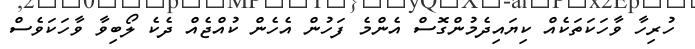
ހުރިހާ ވާހަކަތަކެއް ކިޔައިދެމުންގޮސް އެންމެ ފަހުން އެހެން ކުއްޖެއް ދެކެ ލޯބިވާ ވާހަކަވެސް